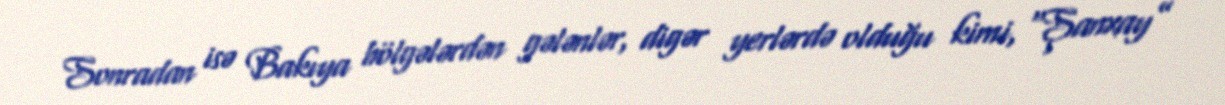
Sonradan isə Bakıya bölgələrdən gələnlər, digər yerlərdə olduğu kimi, “Şanxay”